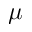
\mu